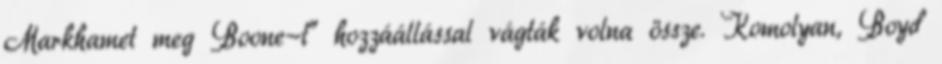
Markhamet meg Boone-t” hozzáállással vágták volna össze. Komolyan, Boyd